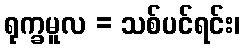
ရုက္ခမူလ = သစ်ပင်ရင်း၊